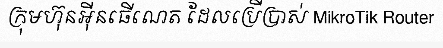
ក្រុមហ៊ុនអ៊ីនធើណេត ដែលប្រើប្រាស់ MikroTik Router